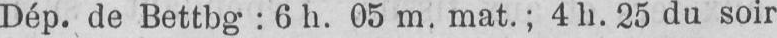
Dép. de Bettbg: 6 h. 05 m. mat.; 4 h. 25 du soir.